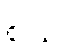
စသိ